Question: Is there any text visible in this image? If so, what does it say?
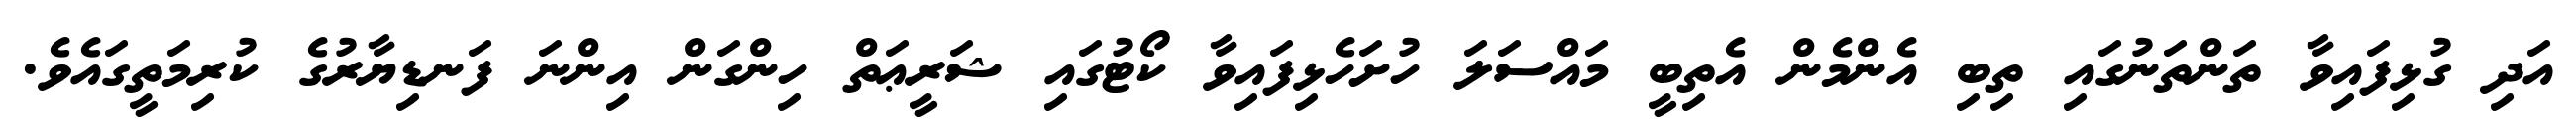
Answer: އަދި ގުޅިފައިވާ ތަންތަނުގައި ތިބި އެންމެން އެތިބީ މައްސަލަ ހުށަހެޅިފައިވާ ކޯޓުގައި ޝަރީޢަތް ހިންގަން އިންނަ ފަނޑިޔާރުގެ ކުރިމަތީގައެވެ.